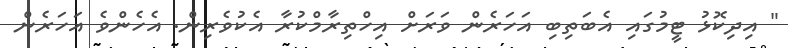
" އިދިކޮޅު ޓީމުގައި އެބަތިބި އަހަރެން ވަރަށް އިހްތިރާމްކުރާ އެކުވެރިން. އެހެންވެ އަހަރެން